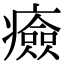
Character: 㿌